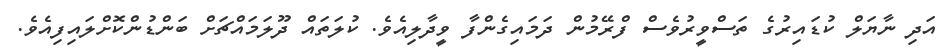
އަދި ނާޔަލް ކުޑައިރުގެ ތަސްވީރުވެސް ފްރޭމުން ދަމައިގެންފާ ވީދާލިއެވެ. ކުލަތައް ދޫލަމައްޗަށް ބަންޑުންކޮށްލައިފިއެވެ.